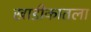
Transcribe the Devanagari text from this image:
खाडीकातला